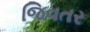
જિવતર